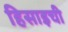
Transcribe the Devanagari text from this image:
हिसाइची